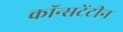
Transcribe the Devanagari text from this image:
कॉन्सटेंटीन